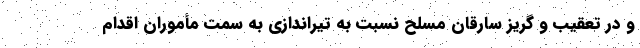
و در تعقیب و گریز سارقان مسلح نسبت به تیراندازی به سمت مأموران اقدام